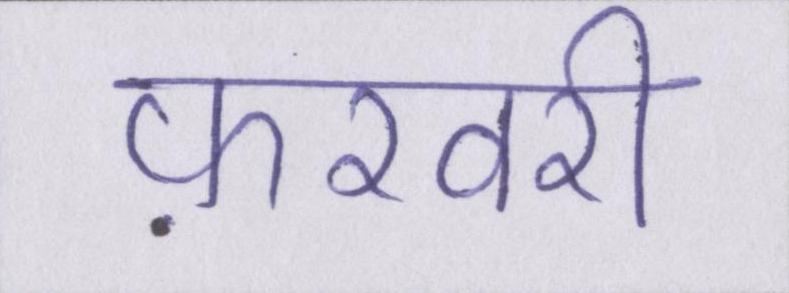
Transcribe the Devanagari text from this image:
फ़रवरी